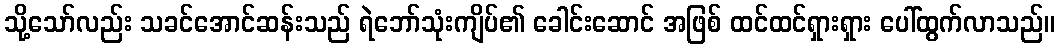
သို့သော်လည်း သခင်အောင်ဆန်းသည် ရဲဘော်သုံးကျိပ်၏ ခေါင်းဆောင် အဖြစ် ထင်ထင်ရှားရှား ပေါ်ထွက်လာသည်။